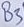
Text: B3